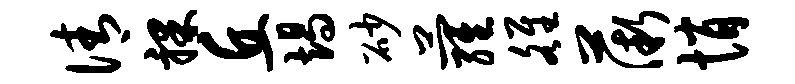
倩裸丘竭砂萝雒薇悄